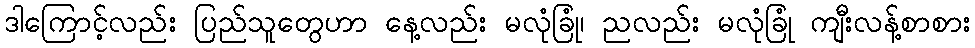
ဒါကြောင့်လည်း ပြည်သူတွေဟာ နေ့လည်း မလုံခြုံ၊ ညလည်း မလုံခြုံ ကျီးလန့်စာစား